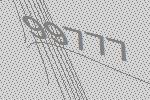
99777